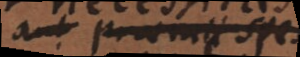
aut praemii spes